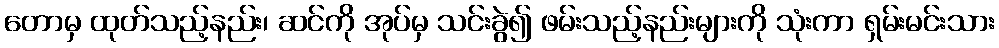
တောမှ ထုတ်သည့်နည်း၊ ဆင်ကို အုပ်မှ သင်းခွဲ၍ ဖမ်းသည့်နည်းများကို သုံးကာ ရှမ်းမင်းသား